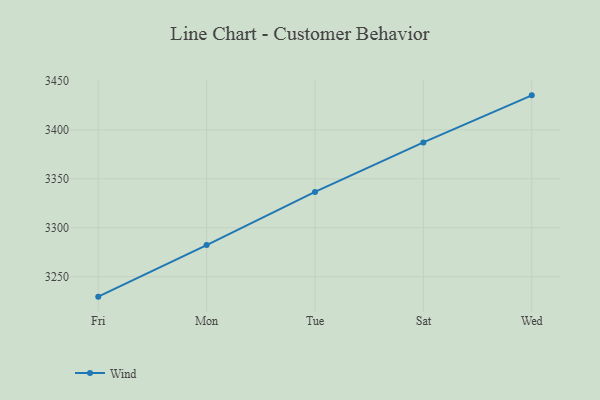
{"axis": {"x": "Day", "y": "Revenue (USD Million)"}, "legend": ["Wind"], "data": [{"x": "Fri", "y": 3229.6, "type": "Wind"}, {"x": "Mon", "y": 3282.3, "type": "Wind"}, {"x": "Tue", "y": 3336.6, "type": "Wind"}, {"x": "Sat", "y": 3387.2, "type": "Wind"}, {"x": "Wed", "y": 3435.3, "type": "Wind"}]}